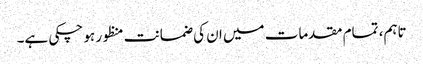
تاہم، تمام مقدمات میں ان کی ضمانت منظور ہو چکی ہے۔